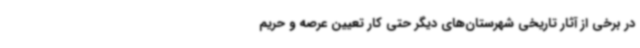
در برخی از آثار تاریخی شهرستان‌های دیگر حتی کار تعیین عرصه و حریم